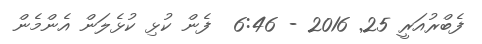
ފެބްރުއަރީ 25